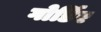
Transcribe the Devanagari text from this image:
गोर्डिए